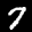
Label: 7